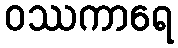
ဝဿကာရေ